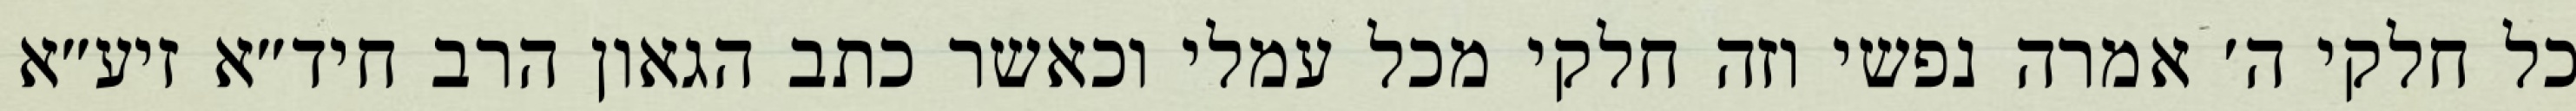
כל חלקי ה׳ אמרה נפשי וזה חלקי מכל עמלי וכאשר כתב הגאון הרב חיד״א זיע״א